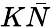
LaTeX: K\bar{N}